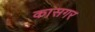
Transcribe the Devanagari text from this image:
कासगर